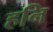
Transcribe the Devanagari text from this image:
हनि